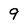
Character: 9